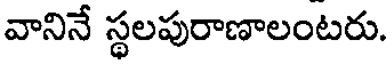
వానినే స్థలపురాణాలంటరు.